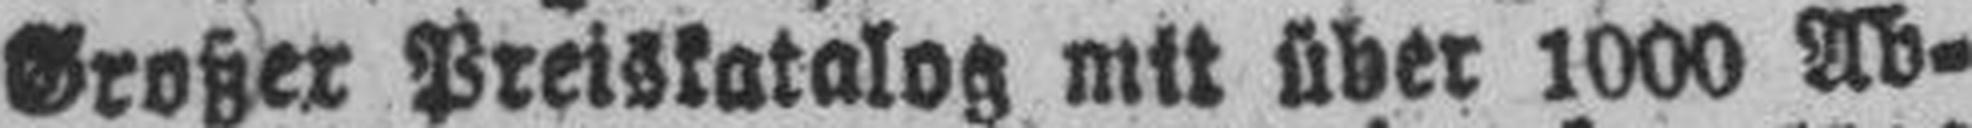
Großer Preiskatalog mit über 1000 Ab¬